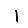
Digit: 1